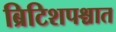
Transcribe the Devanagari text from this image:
ब्रिटिशपश्चात